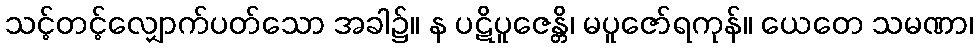
သင့်တင့်လျှောက်ပတ်သော အခါ၌။ န ပဋိပူဇေန္တိ၊ မပူဇော်ရကုန်။ ယေတေ သမဏာ၊